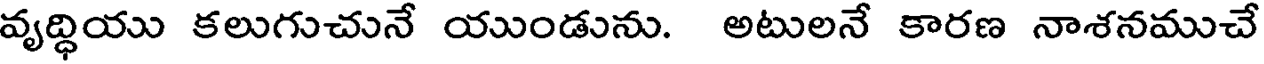
వృద్ధియు కలుగుచునే యుండును. అటులనే కారణ నాశనముచే